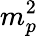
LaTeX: m_{p}^{2}